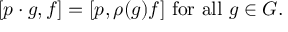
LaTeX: [ p \cdot g , f ] = [ p , \rho ( g ) f ] { \mathrm { ~ f o r ~ a l l ~ } } g \in G .